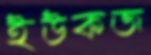
ইউকজ